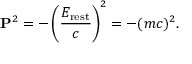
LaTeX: \mathbf { P } ^ { 2 } = - \left( { \frac { E _ { \mathrm { r e s t } } } { c } } \right) ^ { 2 } = - ( m c ) ^ { 2 } .